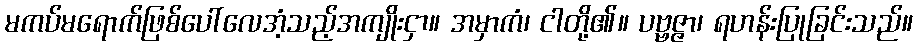
မကပ်မရောက်ဖြစ်ပေါ်လေအံ့သည့်အကျိုးငှာ။ အမှာကံ၊ ငါတို့၏။ ပဗ္ဗဇ္ဇာ၊ ရဟန်းပြုခြင်းသည်။